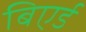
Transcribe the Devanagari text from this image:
बिएर्ड